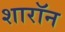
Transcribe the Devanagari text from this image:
शारॉन